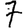
Digit: 7